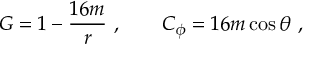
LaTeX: G = 1 - { \frac { 1 6 m } { r } } \ , \qquad C _ { \phi } = 1 6 m \cos \theta \ ,